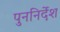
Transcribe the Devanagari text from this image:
पुननिर्देश